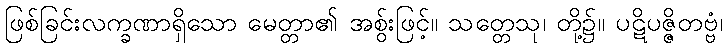
ဖြစ်ခြင်းလက္ခဏာရှိသော မေတ္တာ၏ အစွ်းဖြင့်။ သတ္တေသု၊ တို့၌။ ပဋိပဇ္ဇိတဗ္ဗံ၊